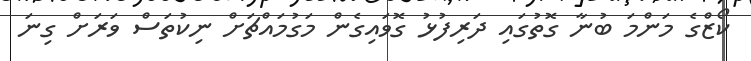
ކޯޒްގެ މަންމަ ބުނާ ގޮތުގައި ދަރިފުޅު ގޮވައިގެން މަގުމައްޗަށް ނިކުތަސް ވަރަށް ގިނަ